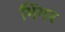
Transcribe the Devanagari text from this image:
भिंगर